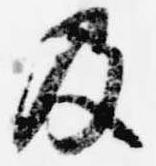
及